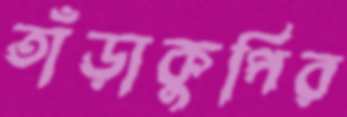
তাঁড়াকুপির